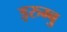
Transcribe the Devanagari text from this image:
इरुम्बु